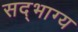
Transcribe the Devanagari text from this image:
सद्‌भाग्य